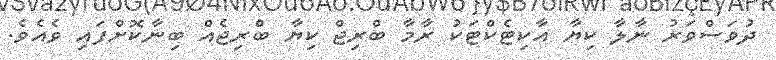
ދުވަސްވަރު ނާލާ ކިޔާ އާކިޓެކްޓަކު ރާމާ ބްރިޖް ކިޔާ ބްރިޖެއް ބިނާކޮށްފައި ވެއެވެ.